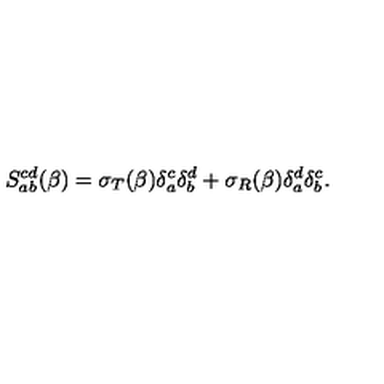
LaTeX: S _ { a b } ^ { c d } ( \beta ) = \sigma _ { T } ( \beta ) \delta _ { a } ^ { c } \delta _ { b } ^ { d } + \sigma _ { R } ( \beta ) \delta _ { a } ^ { d } \delta _ { b } ^ { c } .